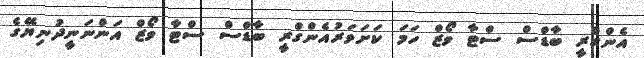
އެންގްރީ ބާޑްސް ސްޓާ ވޯޒް ހަމަ ކަށަވަރުއެންގްރީ ބާޑްސް ސްޓާ ވޯޒް އަންނަނީދުނިޔޭގެ